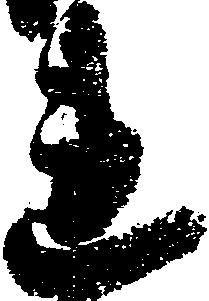
連